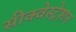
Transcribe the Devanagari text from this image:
सीक्वेस्ट्रेशन